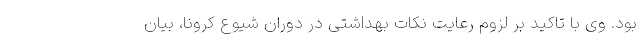
بود. وی با تاکید بر لزوم رعایت نکات بهداشتی در دوران شیوع کرونا، بیان